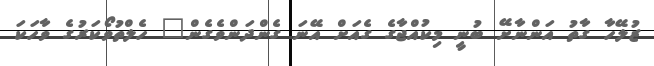
ޒުލޭހާ ގާތު އަންނާށޭ ބުނީ މިކުއްޖާގެ ގެއަށް އޭނަ ގެންދަންވެގެން" ހެލްތުވޯކަރުގެ ވާހަކަ